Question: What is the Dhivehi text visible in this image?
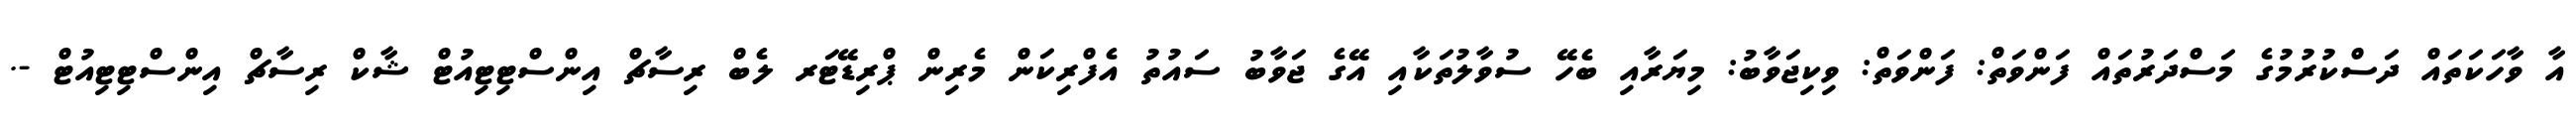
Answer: އާ ވާހަކަތައް ދަސްކުރުމުގެ މަސްދަރުތައް ފަންވަތް: ފަންވަތް: ވިކިޖަވާބު: މިޔަރާއި ބެހޭ ސުވާލުތަކާއި އޭގެ ޖަވާބު ސައުތު އެފްރިކަން މެރިން ޕްރިޑޭޓަރ ލެބް ރިސާޗް އިންސްޓިޓިއުޓް ޝާކް ރިސާޗް އިންސްޓިޓިއުޓް -.